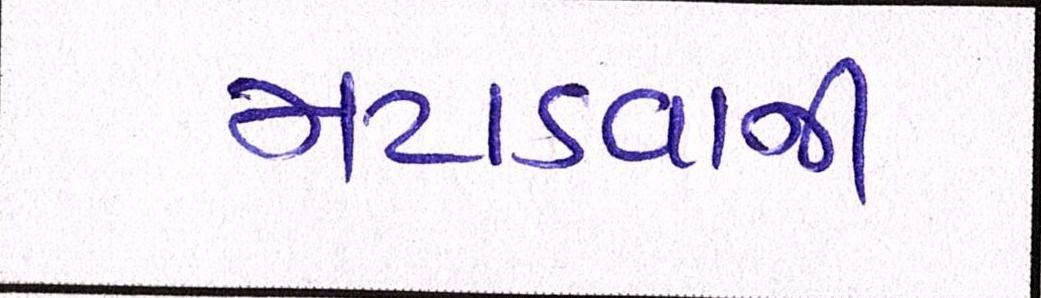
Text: મટાડવાની